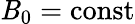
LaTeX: \mathit{B}_{0}=\mathrm{{const}}